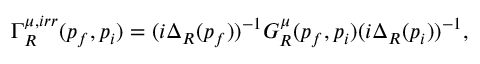
\Gamma _ { R } ^ { \mu , i r r } ( p _ { f } , p _ { i } ) = ( i \Delta _ { R } ( p _ { f } ) ) ^ { - 1 } G _ { R } ^ { \mu } ( p _ { f } , p _ { i } ) ( i \Delta _ { R } ( p _ { i } ) ) ^ { - 1 } ,